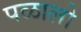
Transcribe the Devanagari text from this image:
पळालो